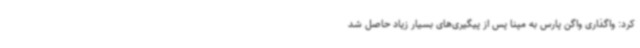
کرد: واگذاری واگن پارس به مپنا پس از پیگیری‌های بسیار زیاد حاصل شد